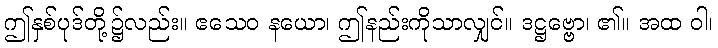
ဤနှစ်ပုဒ်တို့၌လည်း။ ဧသေဝ နယော၊ ဤနည်းကိုသာလျှင်။ ဒဋ္ဌဗ္ဗော၊ ၏။ အထ ဝါ၊